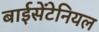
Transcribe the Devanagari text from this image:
बाईसेंटेनियल